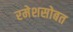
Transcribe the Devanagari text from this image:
रमेशसोबत